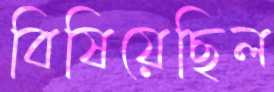
বিষিয়েছিল